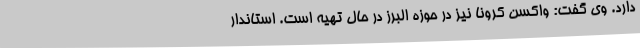
دارد. وی گفت: واکسن کرونا نیز در حوزه البرز در حال تهیه است. استاندار